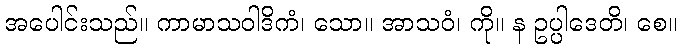
အပေါင်းသည်။ ကာမာသဝါဒိကံ၊ သော။ အာသဝံ၊ ကို။ န ဥပ္ပါဒေတိ၊ စေ။